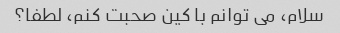
سلام، می توانم با کین صحبت کنم، لطفا؟